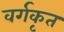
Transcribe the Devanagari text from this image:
वर्गकृत